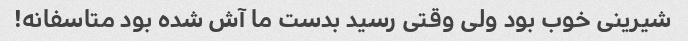
شیرینی خوب بود ولی وقتی رسید بدست ما آش شده بود متاسفانه!